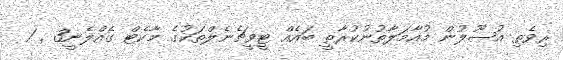
ރިވެތި އުޞޫލުން މުއާމަލާތުނުކުރާތީ ބައެއް ޓީވީޗެނެލްތަކުގެ މާކެޓް ގެއްލެނީ3